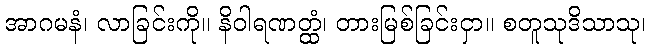
အာဂမနံ၊ လာခြင်းကို။ နိဝါရဏတ္ထံ၊ တားမြစ်ခြင်းငှာ။ စတူသုဒိသာသု၊